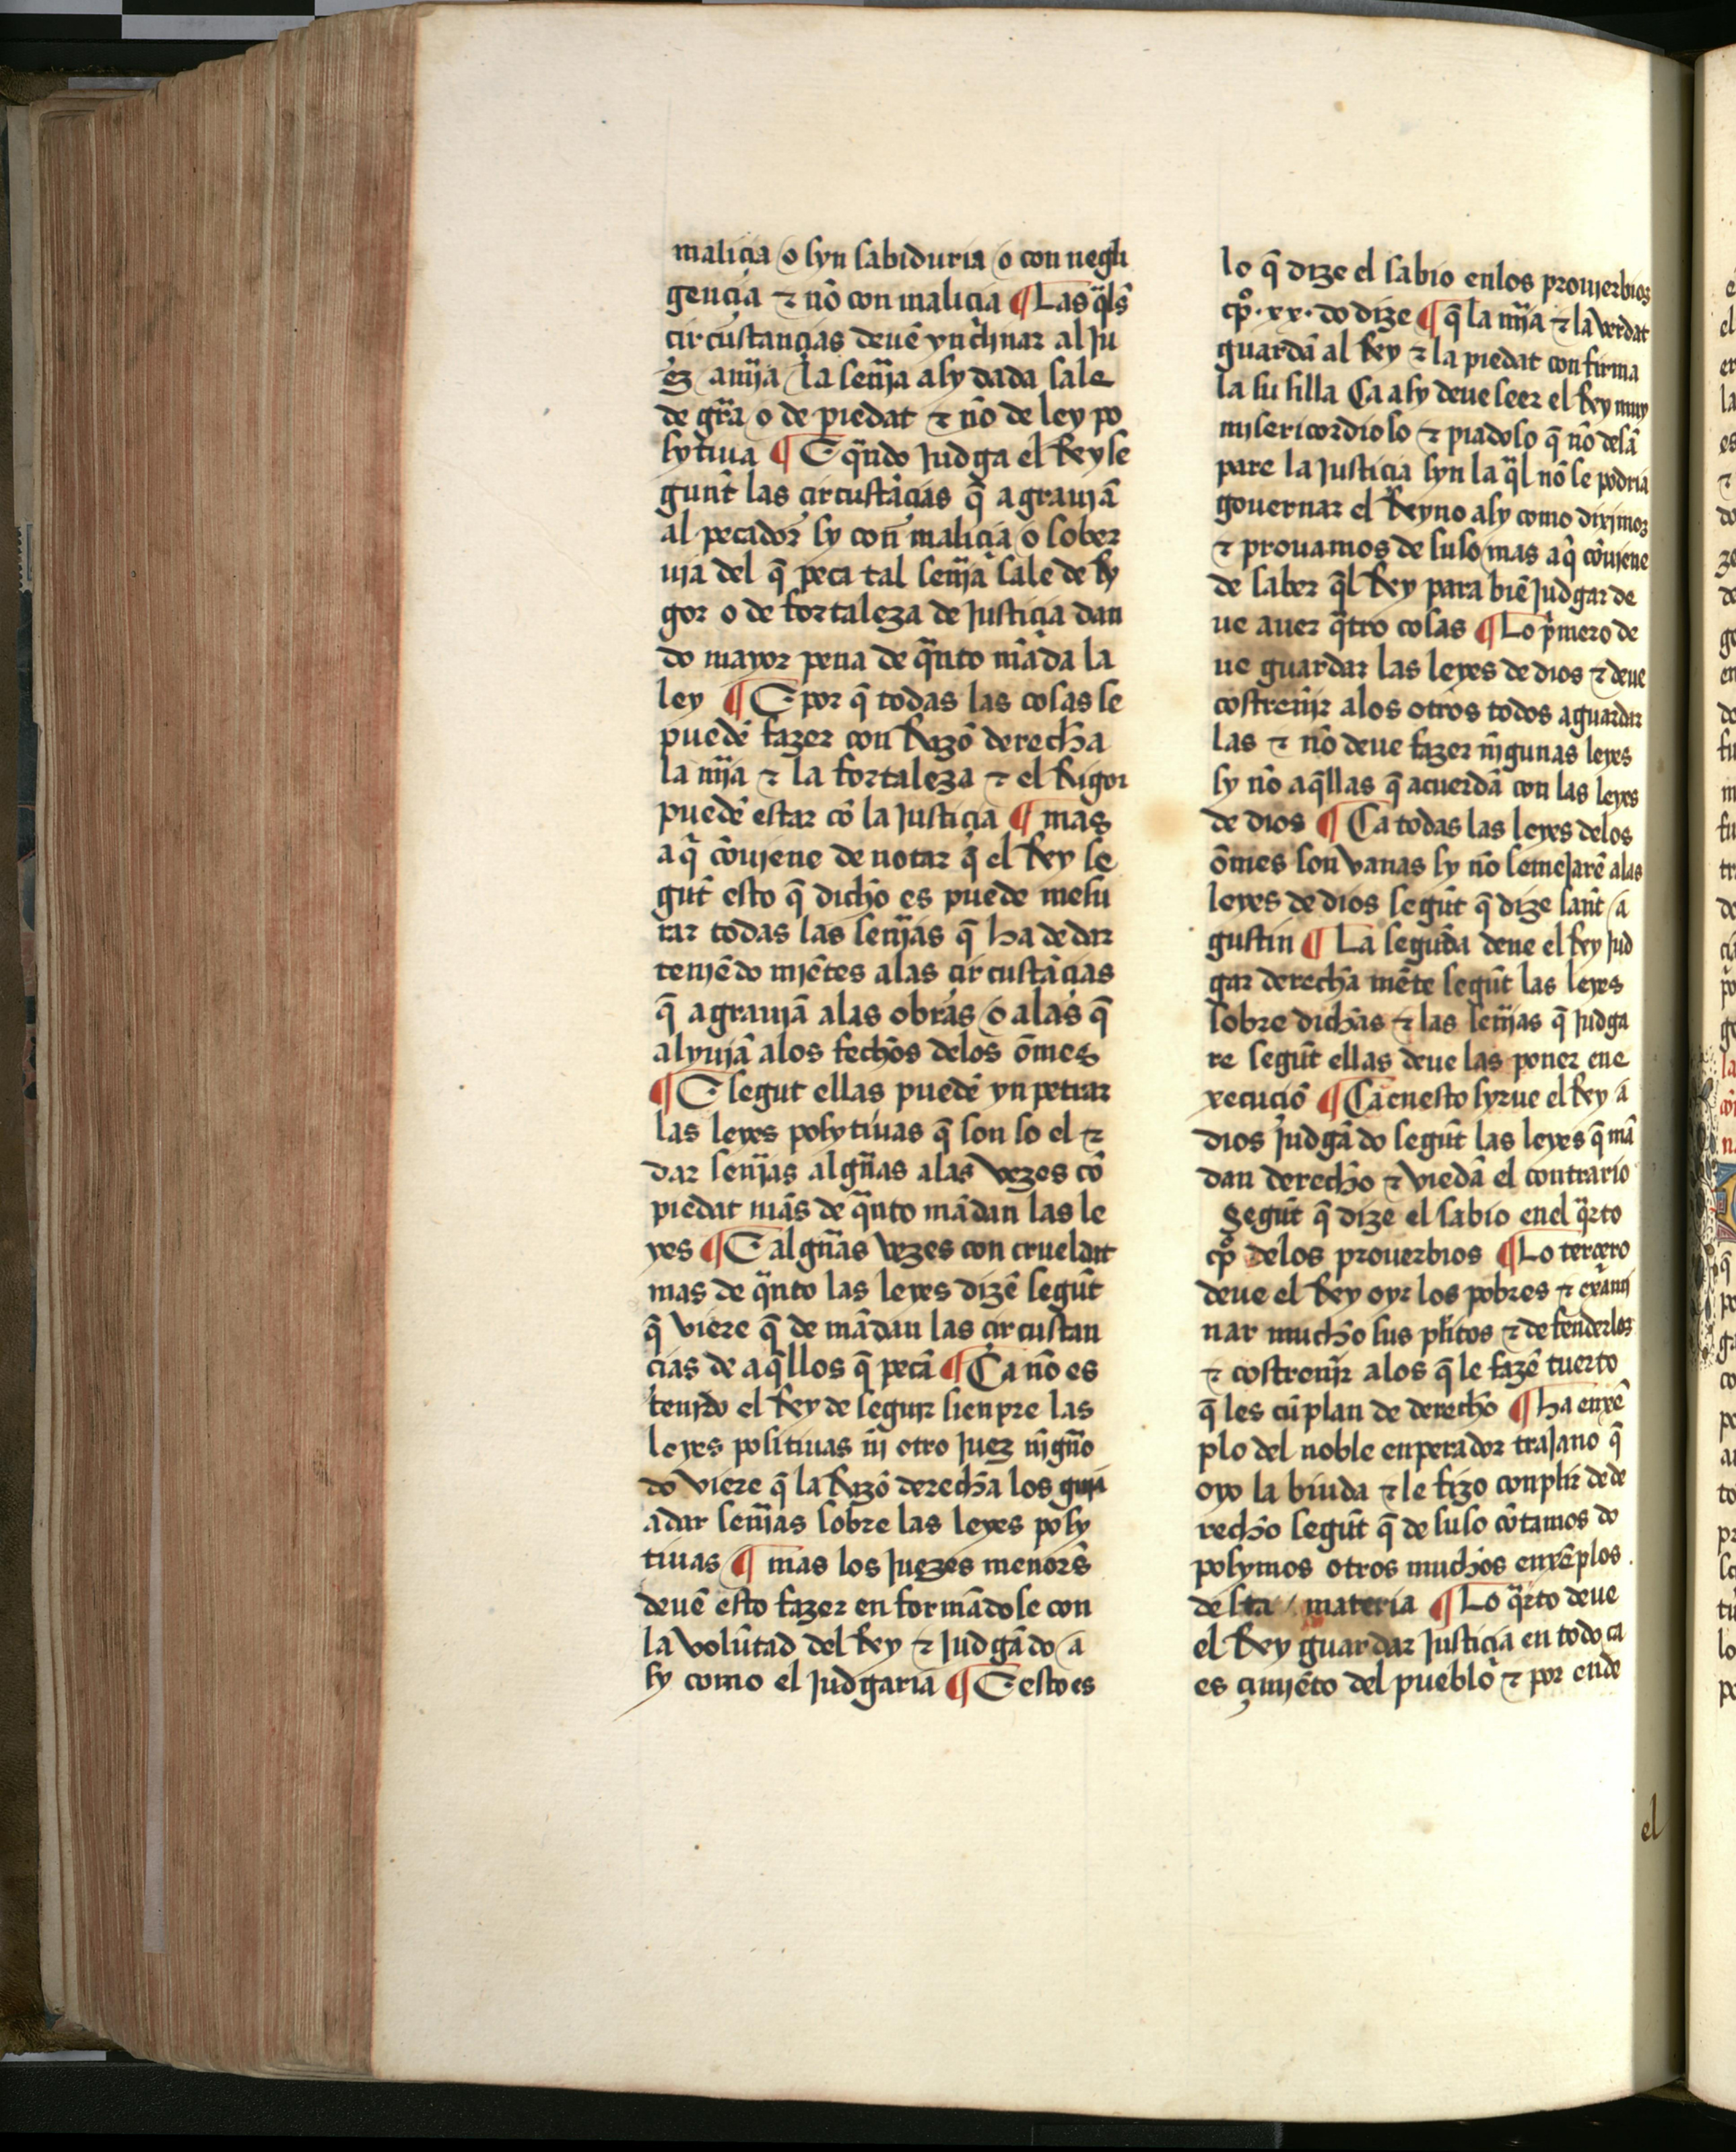
Shelfmark: Salamanca, Biblioteca Histórica USAL, 2709
Century: 15